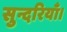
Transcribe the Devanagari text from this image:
सुन्दरियाँ।